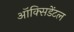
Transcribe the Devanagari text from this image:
ऑक्‍सिडेंटल